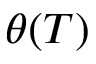
\theta ( T )